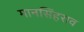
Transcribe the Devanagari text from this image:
मानसिंहराव